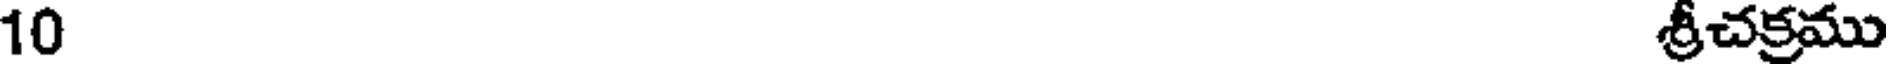
10 శ్రీచక్రము